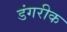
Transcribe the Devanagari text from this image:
डंगरीक